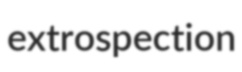
extrospection